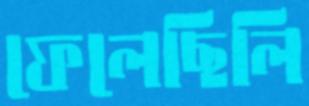
ফেলেছিলি